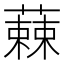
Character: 𮑾